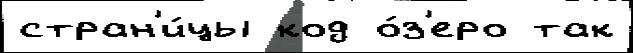
стран'и́цы код о́з'еро так